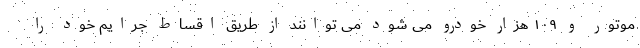
موتور و ۱۰۹ هزار خودرو می شود می توانند از طریق اقساط جرایم خود را